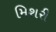
મિશરી